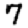
Digit: 7